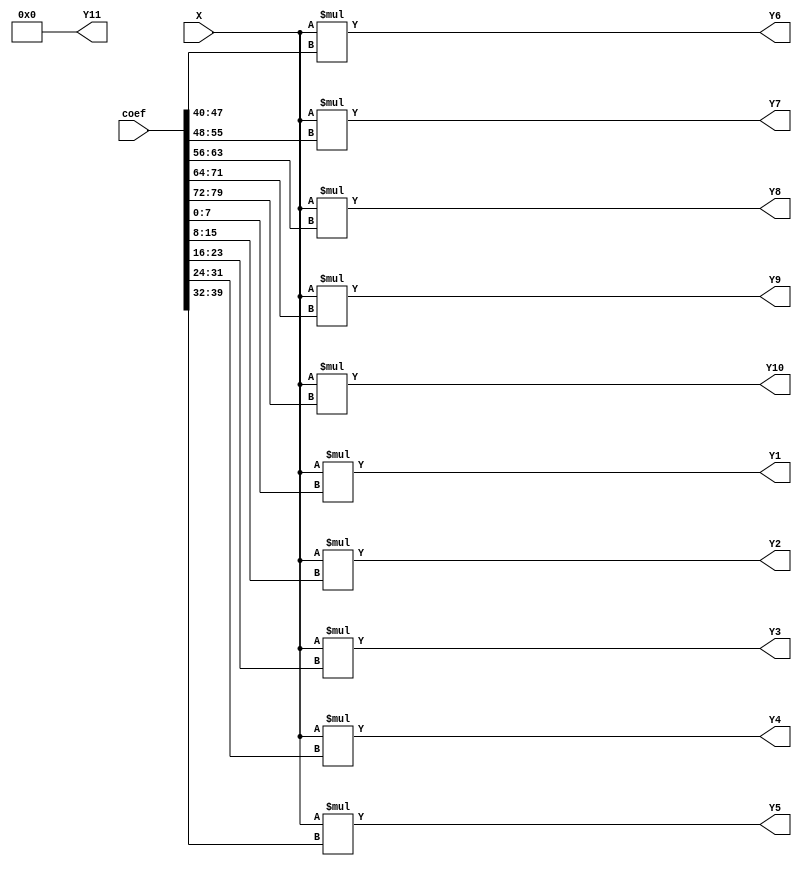

/*------------------------------------------------------------------------------
 * This code was generated by Spiral IIR Filter Generator, www.spiral.net
 * Copyright (c) 2006, Carnegie Mellon University
 * All rights reserved.
 * The code is distributed under a BSD style license
 * (see http://www.opensource.org/licenses/bsd-license.php)
 *------------------------------------------------------------------------------ */
/* ./iirGen.pl -A 256 256 256 256 256 0 0 0 0 0 0 0 -B 0 4 22 68 136 191 191 136 68 22 4 0 -moduleName acm_filter -fractionalBits 8 -bitWidth 32 -inData inData -inReg -outReg -outData outData -clk clk -reset reset -reset_edge negedge -filterForm 1 -outFile ../outputs/filter_1527974994.v */
/* Warning: zero-valued filter taps have been optimized away. */

module acm_filter_firBlock_left_MultiplyBlock (
    X,
    coef,
    Y1,
    Y2,
    Y3,
    Y4,
    Y5,
    Y6,
    Y7,
    Y8,
    Y9,
    Y10,
    Y11
);

  // Port mode declarations:
  input signed   [31:0] X;
  input wire     [79:0] coef;
  output signed  [31:0]
    Y1,
    Y2,
    Y3,
    Y4,
    Y5,
    Y6,
    Y7,
    Y8,
    Y9,
    Y10,
    Y11;

  wire [31:0] Y [0:10];

  assign Y1 = Y[0];
  assign Y2 = Y[1];
  assign Y3 = Y[2];
  assign Y4 = Y[3];
  assign Y5 = Y[4];
  assign Y6 = Y[5];
  assign Y7 = Y[6];
  assign Y8 = Y[7];
  assign Y9 = Y[8];
  assign Y10 = Y[9];
  assign Y11 = Y[10];

  //Multipliers:

  wire signed [39:0]
    w1,
    w0,
    w16,
    w17,
    w4,
    w3,
    w8,
    w11,
    w192,
    w191,
    w22,
    w68,
    w136;

  assign w4      = w1  << 2;  //X*4
  assign w22     = w11 << 1;  //X*22
  assign w68     = w17 << 2;  //X*68
  assign w136    = w17 << 3;  //X*136
  assign w191    = w192 - w1; //X*191
  //assign w191  = w192 - w1; //X*191
  //assign w136  = w17 << 3;  //X*136
  //assign w68   = w17 << 2;  //X*68
  //assign w22   = w11 << 1;  //X*22
  //assign w4    = w1 << 2;   //X*4  
  assign w0    = 0;

  assign w16   = w1 << 4;
  assign w11   = w3 + w8;
  assign w17   = w1 + w16;
  assign w192  = w3 << 6;
  assign w3    = w4 - w1;
  assign w8    = w1 << 3;
  assign w1    = X;

  assign Y[0] =  X*coef[7:0];//w4[39:8];
  assign Y[1] =  X*coef[15:8];//w22[39:8];
  assign Y[2] =  X*coef[23:16];//w68[39:8];
  assign Y[3] =  X*coef[31:24];//w136[39:8];
  assign Y[4] =  X*coef[39:32];//w191[39:8];
  assign Y[5] =  X*coef[47:40];//w191[39:8];
  assign Y[6] =  X*coef[55:48];//w136[39:8];
  assign Y[7] =  X*coef[63:56];//w68[39:8];
  assign Y[8] =  X*coef[71:64];//w22[39:8];
  assign Y[9] =  X*coef[79:72];//w4[39:8];
  assign Y[10] =   w0[39:8];

  //acm_filter_firBlock_left_MultiplyBlock area estimate = 9360.48955432647;
endmodule //acm_filter_firBlock_left_MultiplyBlock




module acm_filter_firBlock_left (
    X,
    coef,
    clk,
    Y,
    reset
);

  // Port mode declarations:
  input   [31:0] X;
  input wire     [79:0] coef;
  input    clk;
  output  [31:0] Y;
  input    reset;

  //registerOut
  reg [31:0] Y;
  wire [31:0] Y_in;

  always@(posedge clk or negedge reset) begin
    if(~reset) begin
      Y <= 32'h00000000;
    end  else begin
      Y <= Y_in;
    end
  end

  wire [31:0] multProducts [0:10];

  acm_filter_firBlock_left_MultiplyBlock my_acm_filter_firBlock_left_MultiplyBlock(
    .X(X),
    .coef(coef),
    .Y1(multProducts[0]),
    .Y2(multProducts[1]),
    .Y3(multProducts[2]),
    .Y4(multProducts[3]),
    .Y5(multProducts[4]),
    .Y6(multProducts[5]),
    .Y7(multProducts[6]),
    .Y8(multProducts[7]),
    .Y9(multProducts[8]),
    .Y10(multProducts[9]),
    .Y11(multProducts[10])
  );

  reg [31:0] firStep[0:9];

  always@(posedge clk or negedge reset) begin
    if(~reset) begin
      firStep[0] <= 32'h00000000;
      firStep[1] <= 32'h00000000;
      firStep[2] <= 32'h00000000;
      firStep[3] <= 32'h00000000;
      firStep[4] <= 32'h00000000;
      firStep[5] <= 32'h00000000;
      firStep[6] <= 32'h00000000;
      firStep[7] <= 32'h00000000;
      firStep[8] <= 32'h00000000;
      firStep[9] <= 32'h00000000;
    end
    else begin
      firStep[0] <=  multProducts[0];
      firStep[1] <=  firStep[0] + multProducts[1];
      firStep[2] <=  firStep[1] + multProducts[2];
      firStep[3] <=  firStep[2] + multProducts[3];
      firStep[4] <=  firStep[3] + multProducts[4];
      firStep[5] <=  firStep[4] + multProducts[5];
      firStep[6] <=  firStep[5] + multProducts[6];
      firStep[7] <=  firStep[6] + multProducts[7];
      firStep[8] <=  firStep[7] + multProducts[8];
      firStep[9] <=  firStep[8] + multProducts[9];
    end
  end

  assign Y_in = firStep[9]+ multProducts[10];
  //acm_filter_firBlock_left area estimate = 56049.8412354117;
endmodule //acm_filter_firBlock_left



/* Warning: zero-valued filter taps have been optimized away. */

module acm_filter_firBlock_right_MultiplyBlock (
    X,
    Y1,
    Y2,
    Y3,
    Y4
);

  // Port mode declarations:
  input signed   [31:0] X;
  output signed  [31:0]
    Y1,
    Y2,
    Y3,
    Y4;

  wire [31:0] Y [0:3];

  assign Y1 = Y[0];
  assign Y2 = Y[1];
  assign Y3 = Y[2];
  assign Y4 = Y[3];

  //Multipliers:

  wire signed [39:0]
    w1,
    w256,
    w256_;

  assign w1 = X;
  assign w256 = w1 << 8;
  assign w256_ = -1 * w256;

  assign Y[0] = w256_[39:8];
  assign Y[1] = w256_[39:8];
  assign Y[2] = w256_[39:8];
  assign Y[3] = w256_[39:8];

  //acm_filter_firBlock_right_MultiplyBlock area estimate = 1437.00483871323;
endmodule //acm_filter_firBlock_right_MultiplyBlock




module acm_filter_firBlock_right (
    X,
    clk,
    Y,
    reset
);

  // Port mode declarations:
  input   [31:0] X;
  input    clk;
  output  [31:0] Y;
  input    reset;

  //registerOut
  reg [31:0] Y;
  wire [31:0] Y_in;

  always@(posedge clk or negedge reset) begin
    if(~reset) begin
      Y <= 32'h00000000;
    end  else begin
      Y <= Y_in;
    end
  end

  wire [31:0] multProducts [0:3];

  acm_filter_firBlock_right_MultiplyBlock my_acm_filter_firBlock_right_MultiplyBlock(
    .X(X),
    .Y1(multProducts[0]),
    .Y2(multProducts[1]),
    .Y3(multProducts[2]),
    .Y4(multProducts[3])
  );

  reg [31:0] firStep[0:2];

  always@(posedge clk or negedge reset) begin
    if(~reset) begin
      firStep[0] <= 32'h00000000;
      firStep[1] <= 32'h00000000;
      firStep[2] <= 32'h00000000;
    end
    else begin
      firStep[0] <=  multProducts[0];
      firStep[1] <=  firStep[0] + multProducts[1];
      firStep[2] <=  firStep[1] + multProducts[2];
    end
  end

  assign Y_in = firStep[2]+ multProducts[3];
  //acm_filter_firBlock_right area estimate = 17816.1988887691;
endmodule //acm_filter_firBlock_right




module FIR_filter (
    inData,
    coef,
    clk,
    outData,
    reset
);

  // Port mode declarations:
  input   [31:0] inData;
  input   [79:0] coef;
  input    clk;
  output  [31:0] outData;
  input    reset;

  //registerIn
  reg [31:0] inData_in;

  always@(posedge clk or negedge reset) begin
    if(~reset) begin
      inData_in <= 32'h00000000;
    end  else begin
      inData_in <= inData;
    end
  end

  //registerOut
  reg [31:0] outData;
  wire [31:0] outData_in;

  always@(posedge clk or negedge reset) begin
    if(~reset) begin
      outData <= 32'h00000000;
    end  else begin
      outData <= outData_in;
    end
  end

  wire [31:0] leftOut, rightOut;

  acm_filter_firBlock_left my_acm_filter_firBlock_left(
    .X(inData_in),
    .coef(coef),
    .Y(leftOut),
    .clk(clk),
    .reset(reset)
);

  acm_filter_firBlock_right my_acm_filter_firBlock_right(
    .X(outData_in),
    .Y(rightOut),
    .clk(clk),
    .reset(reset)
);

  assign outData_in = leftOut + rightOut;

  //acm_filter area estimate = 80957.9251202543;
endmodule //acm_filter